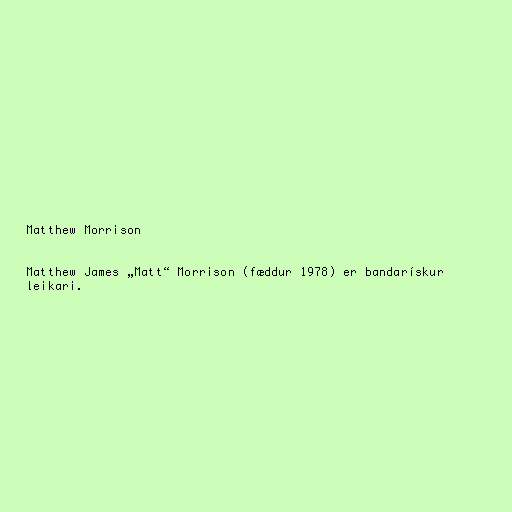
Matthew Morrison

Matthew James „Matt“ Morrison (fæddur 1978) er bandarískur
leikari.